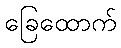
ခြေထောက်